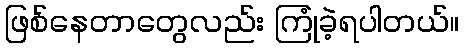
ဖြစ်နေတာတွေလည်း ကြုံခဲ့ရပါတယ်။